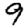
Digit: 9